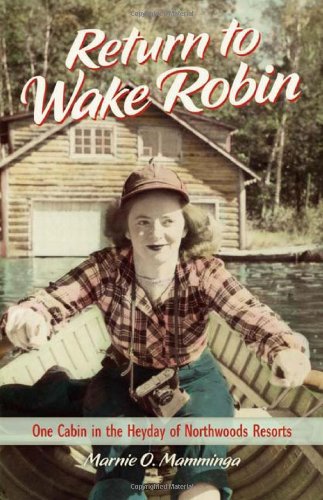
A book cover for Return to Wake Robin: One Cabin in the Heyday of Northwoods Resorts; Marnie O. Mamminga; Biographies & Memoirs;